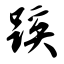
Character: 蹊